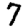
Digit: 7